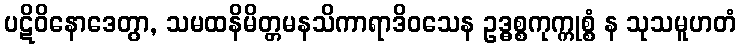
ပဋိဝိနောဒေတွာ, သမထနိမိတ္တမနသိကာရာဒိဝသေန ဥဒ္ဓစ္စကုက္ကုစ္စံ န သုသမူဟတံ